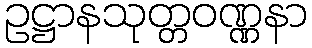
ဥဋ္ဌာနသုတ္တဝဏ္ဏနာ